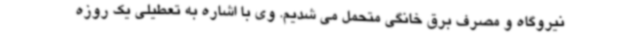
نیروگاه و مصرف برق خانگی متحمل می شدیم. وی با اشاره به تعطیلی یک روزه